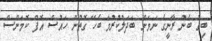
ބިގް ބެން ރާނީގެ ނަމަށް ބަދަލުކުރުމާ ބެހޭ ގޮތުން ހައުސް އޮފް ކޮމަންސް